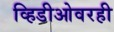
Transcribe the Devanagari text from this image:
व्हिडीओवरही